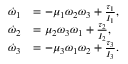
\begin{array} { r l } { \dot { \omega } _ { 1 } } & { = - \mu _ { 1 } \omega _ { 2 } \omega _ { 3 } + \frac { \tau _ { 1 } } { I _ { 1 } } , } \\ { \dot { \omega } _ { 2 } } & { = \mu _ { 2 } \omega _ { 3 } \omega _ { 1 } + \frac { \tau _ { 2 } } { I _ { 2 } } , } \\ { \dot { \omega } _ { 3 } } & { = - \mu _ { 3 } \omega _ { 1 } \omega _ { 2 } + \frac { \tau _ { 3 } } { I _ { 3 } } . } \end{array}